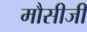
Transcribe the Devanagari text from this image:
मौसीजी